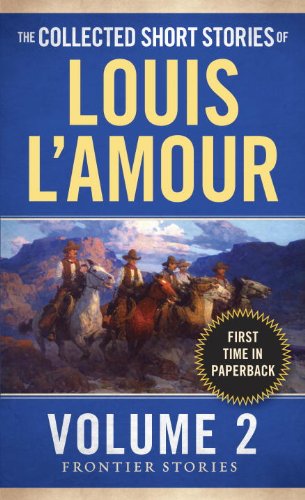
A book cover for The Collected Short Stories of Louis L'Amour, Volume 2: Frontier Stories; Louis L'Amour; Literature & Fiction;